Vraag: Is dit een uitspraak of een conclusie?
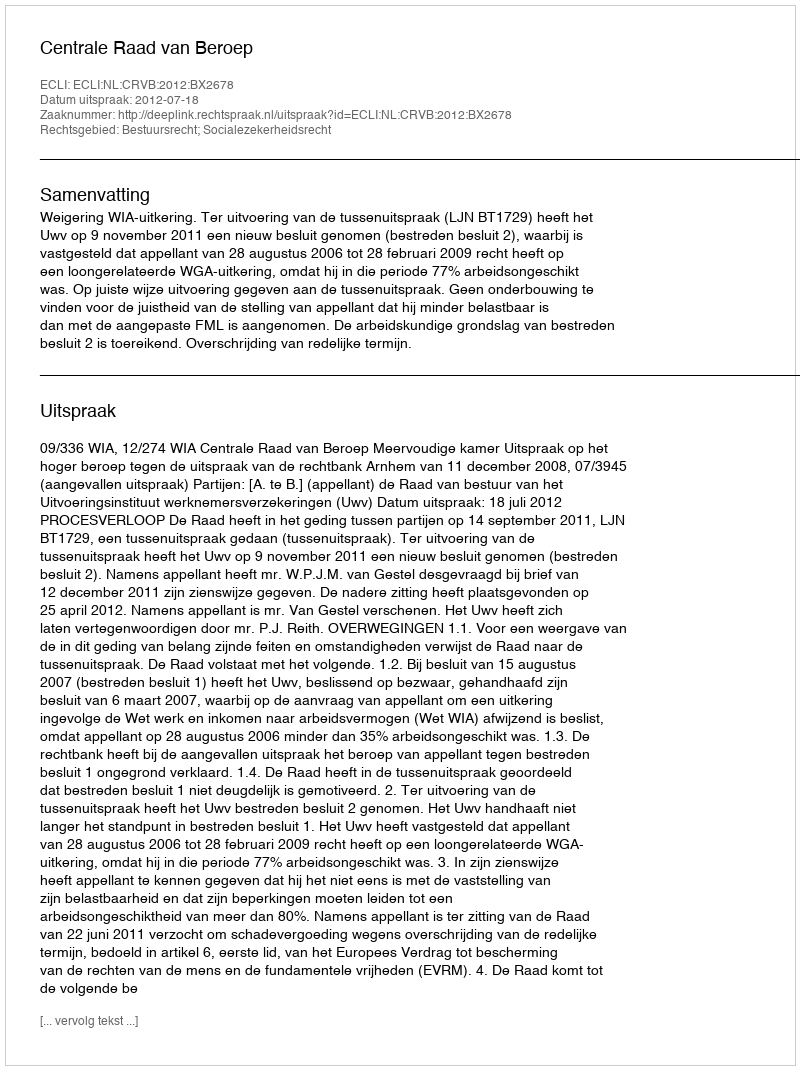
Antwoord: Uitspraak